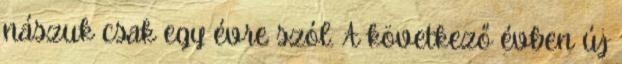
nászuk csak egy évre szól. A következő évben új